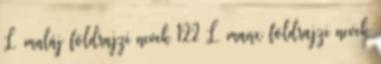
L maláj földrajzi nevek‎ 122 L manx földrajzi nevek‎